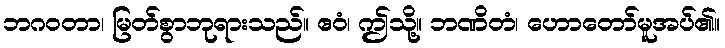
ဘဂဝတာ၊ မြတ်စွာဘုရားသည်။ ဧဝံ၊ ဤသို့။ ဘဏိတံ၊ ဟောတော်မူအပ်၏။